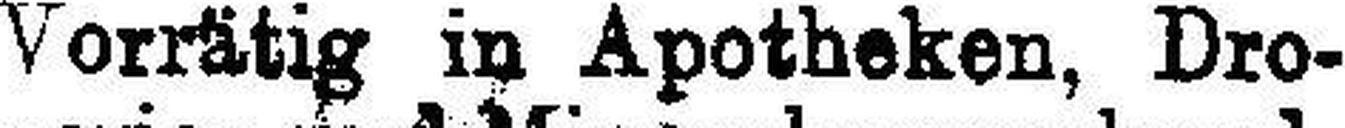
Vorrätig in Apotheken, Dro¬